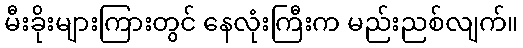
မီးခိုးများကြားတွင် နေလုံးကြီးက မည်းညစ်လျက်။